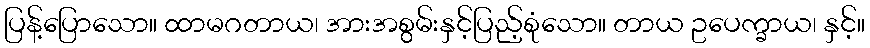
ပြန့်ပြောသော။ ထာမဂတာယ၊ အားအစွမ်းနှင့်ပြည့်စုံသော။ တာယ ဥပေက္ခာယ၊ နှင့်။